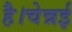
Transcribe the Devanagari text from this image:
है।चेन्नई